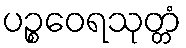
ပဉ္စဝေရသုတ္တံ